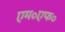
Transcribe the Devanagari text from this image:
एम॰एफ॰